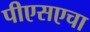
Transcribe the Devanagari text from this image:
पीएसएचा